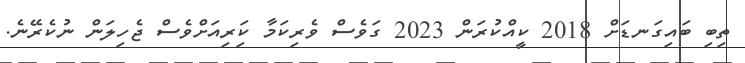
ތިބި ބައިގަނޑަށް 2018 ކީއްކުރަން 2023 ގަވެސް ވެރިކަމާ ކަިރިއަށްވެސް ޖެހިލަން ނުކެރޭނެ.